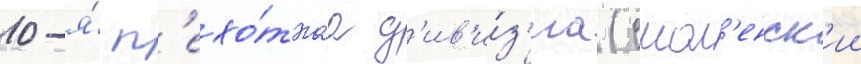
10-я́ п'ехо́тнаа д'ив'и́з'иа (смол'енск'ии